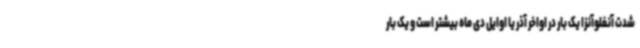
شدت آنفلوآنزا یک بار در اواخر آذر یا اوایل دی ماه بیشتر است و یک بار